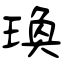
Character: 瑍